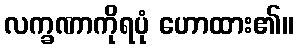
လက္ခဏာကိုရပုံ ဟောထား၏။